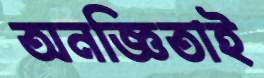
অনজ্ঞিতাই